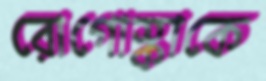
রোগোস্কাকে